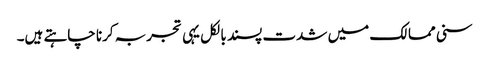
سنی ممالک میں شدت پسند بالکل یہی تجربہ کرنا چاہتے ہیں۔